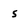
Character: 5